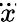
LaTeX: \dddot{x}